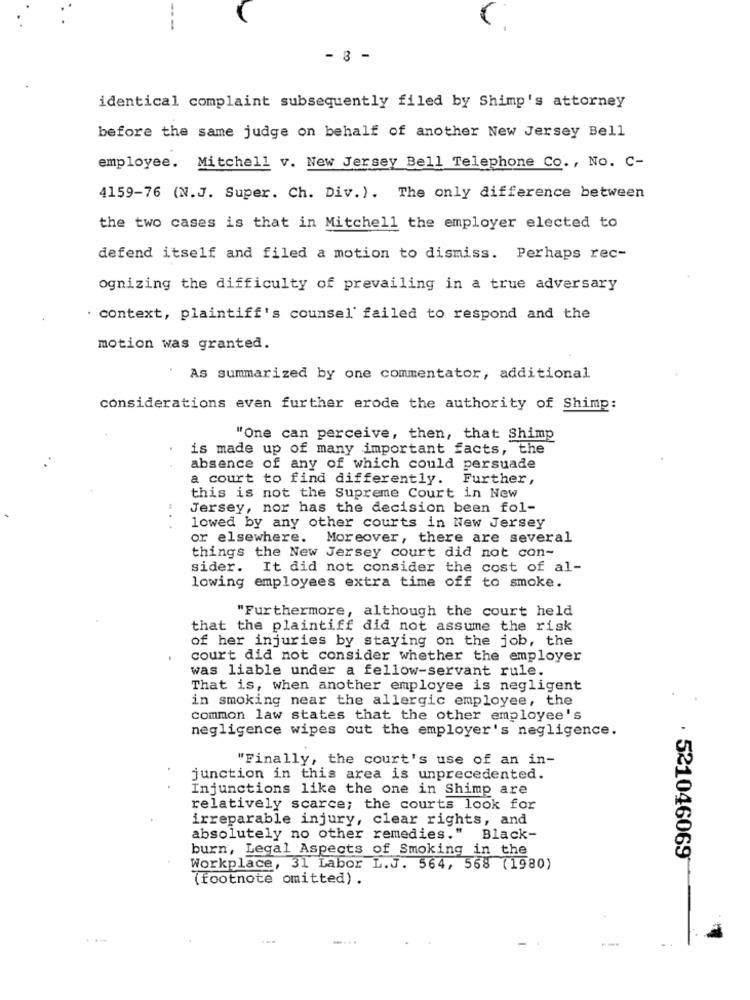
---
- 8 -
identical complaint subsequently filed by Shimp's attorney
before the same judge on behalf of another New Jersey Bell
employee. Mitchell v. New Jersey Bell Telephone Co ., No. C-
4159-76 (N.J. Super. Ch. Div.). The only difference between
the two cases is that in Mitchell the employer elected to
defend itself and filed a motion to dismiss. Perhaps rec-
ognizing the difficulty of prevailing in a true adversary
· context, plaintiff's counsel' failed to respond and the
motion was granted.
As summarized by one commentator, additional
considerations evan further erode the authority of Shimp:
"One can perceive, then, that Shimp
is made up of many important facts, the
absence of any of which could persuade
a court to find differently. Further,
this is not the Supreme Court in New
Jersey, nor has the decision been fol-
lowed by any other courts in New Jersey
or elsewhere.
Moreover, there are several
things the New Jersey court did not con-
sider.
It did not consider the cost of al-
lowing employees extra time off to smoke.
"Furthermore, although the court held
that the plaintiff did not assume the risk
of her injuries by staying on the job, the
court did not consider whether the employer
was liable under a fellow-servant rule.
That is, when another employee is negligent
in smoking near the allergic employee, the
common law states that the other employee's
negligence wipes out the employer's negligence.
"Finally, the court's use of an in-
junction in this area is unprecedented.
Injunctions like the one in Shimp are
relatively scarce; the courts look for
irreparable injury, clear rights, and
absolutely no other remedies."
Black-
burn, Legal Aspects of Smoking in the
. 521046069
Workplace, 31 Labor L.J. 564, 568 (1980)
(footnote omitted) .